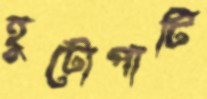
হুটোপাটি